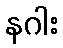
နဂါး